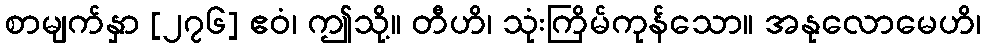
စာမျက်နှာ [၂၇၆] ဧဝံ၊ ဤသို့။ တီဟိ၊ သုံးကြိမ်ကုန်သော။ အနုလောမေဟိ၊